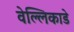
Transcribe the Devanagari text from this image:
वेल्लिकाडे